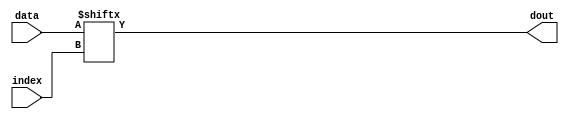
// Copyright 2003 Star Galaxy Publishing

module non_compute_right (data, index, dout);
  input [3:0] data;
  input [1:0] index;
  output dout;

  assign dout = data[index];
endmodule